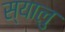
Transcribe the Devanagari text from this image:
स्यालु